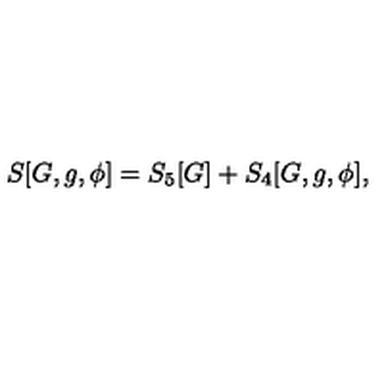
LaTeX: S [ G , g , \phi ] = S _ { 5 } [ G ] + S _ { 4 } [ G , g , \phi ] ,